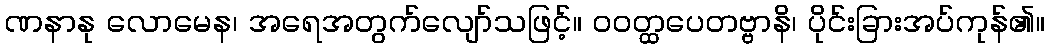
ဏနာနု လောမေန၊ အရေအတွက်လျော်သဖြင့်။ ဝဝတ္ထပေတဗ္ဗာနိ၊ ပိုင်းခြားအပ်ကုန်၏။